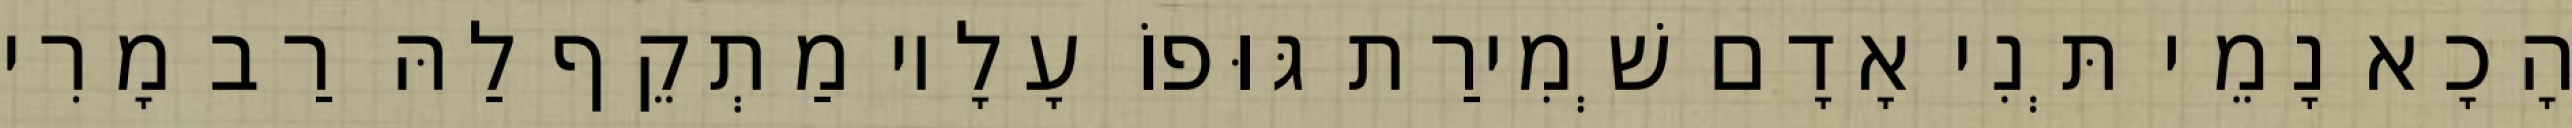
הָכָא נָמֵי תְּנִי אָדָם שְׁמִירַת גּוּפוֹ עָלָיו מַתְקֵף לַהּ רַב מָרִי